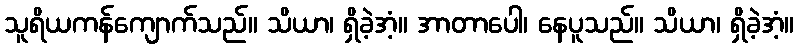
သူရိယကန်ကျောက်သည်။ သိယာ၊ ရှိခဲ့အံ့။ အာတာပေါ၊ နေပူသည်။ သိယာ၊ ရှိခဲ့အံ့။